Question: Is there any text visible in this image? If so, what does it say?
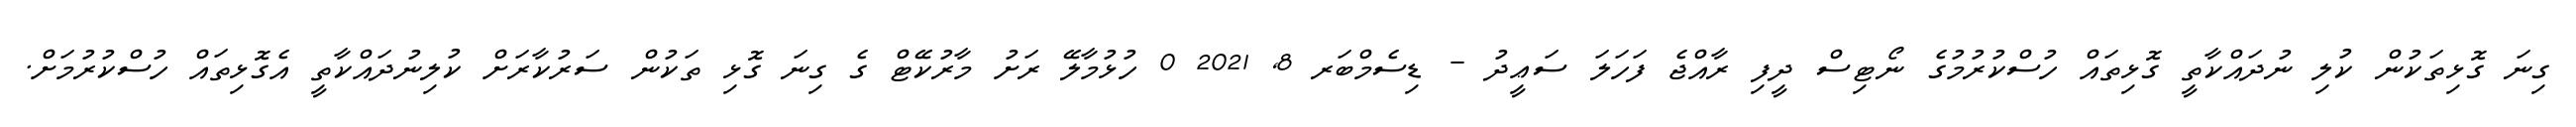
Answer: ގިނަ ގޮޅިތަކުން ކުލި ނުދައްކާތީ ގޮޅިތައް ހުސްކުރުމުގެ ނޯޓިސް ދީފި ރާއްޖެ ފަހަލަ ސަޢީދު - ޑިސެމްބަރ 8, 2021 0 ހުޅުމާލޭ ރަށު މާރުކޭޓް ގެ ގިނަ ގޮޅި ތަކުން ސަރުކާރަށް ކުލިނުދައްކާތީ އެގޮޅިތައް ހުސްކުރުމަށް.